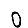
Digit: 0